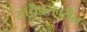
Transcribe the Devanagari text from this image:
सायप्रसवरील